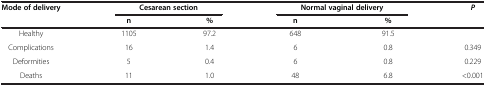
<table><thead><tr><td><b>Mode of delivery</b></td><td colspan="2"><b>Cesarean section</b></td><td colspan="2"><b>Normal vaginal delivery</b></td><td><b><i>P</i></b></td></tr><tr><td><b> </b></td><td><b>n</b></td><td><b>%</b></td><td><b>n</b></td><td><b>%</b></td><td><b> </b></td></tr></thead><tbody><tr><td>Healthy</td><td>1105</td><td>97.2</td><td>648</td><td>91.5</td><td> </td></tr><tr><td>Complications</td><td>16</td><td>1.4</td><td>6</td><td>0.8</td><td>0.349</td></tr><tr><td>Deformities</td><td>5</td><td>0.4</td><td>6</td><td>0.8</td><td>0.229</td></tr><tr><td>Deaths</td><td>11</td><td>1.0</td><td>48</td><td>6.8</td><td>&lt;0.001</td></tr></tbody></table>